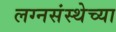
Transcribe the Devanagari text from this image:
लग्नसंस्थेच्या